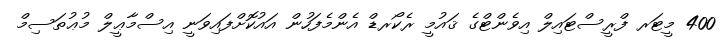
400 މީޓަރ ފްރީސްޓައިލް އިވެންޓްގެ ޤައުމީ ރެކޯރޑް އެންމެފަހުން އައުކޮށްފައިވަނީ އިސްމާޢީލް މުޢުތަސިމް